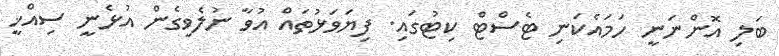
ބަލި އޮންނަނީ ހަމައެކަނި ޓެސްޓް ކިޓުގައި. ފިޔަވަޅުތައް އުވާ ނުލެވިގެން އުޅެނީ ސިއްޚީ